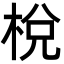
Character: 梲